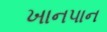
ખાનપાન